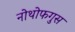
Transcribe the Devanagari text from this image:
नोथोफगुस